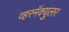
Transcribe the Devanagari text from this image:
व्हरनॅक्युलर